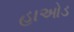
હાઓડ